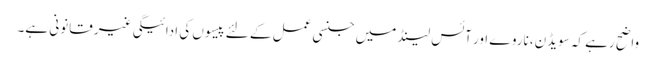
واضح رہے کہ سویڈن، ناروے اور آئس لینڈ میں جنسی عمل کے لئے پیسوں کی ادائیگی غیر قانونی ہے۔